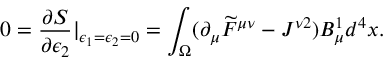
0 = \frac { \partial S } { \partial \epsilon _ { 2 } } | _ { \epsilon _ { 1 } = \epsilon _ { 2 } = 0 } = \int _ { \Omega } ( \partial _ { \mu } \widetilde { F } ^ { \mu \nu } - J ^ { \nu 2 } ) B _ { \mu } ^ { 1 } d ^ { 4 } x .